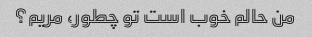
من حالم خوب است تو چطور، مریم؟